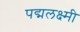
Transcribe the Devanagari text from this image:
पद्मलक्ष्मी